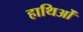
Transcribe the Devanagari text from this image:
हाथिओं